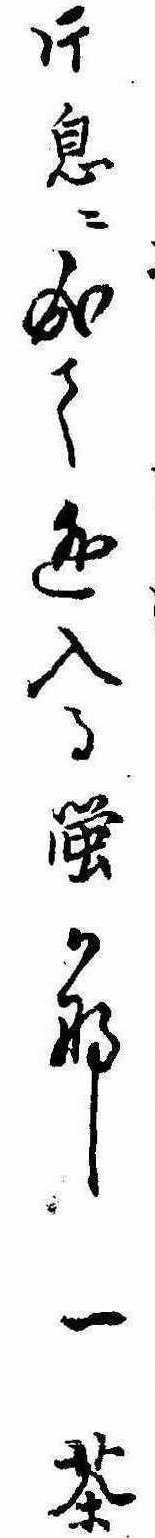
片息に成て逃入る蛍かな一茶